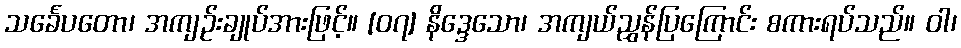
သင်္ခေပတော၊ အကျဉ်းချုပ်အားဖြင့်။ [၀၇] နိဒ္ဒေသော၊ အကျယ်ညွှန်ပြကြောင်း စကားရပ်သည်။ ဝါ၊